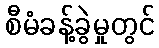
စီမံခန့်ခွဲမှုတွင်